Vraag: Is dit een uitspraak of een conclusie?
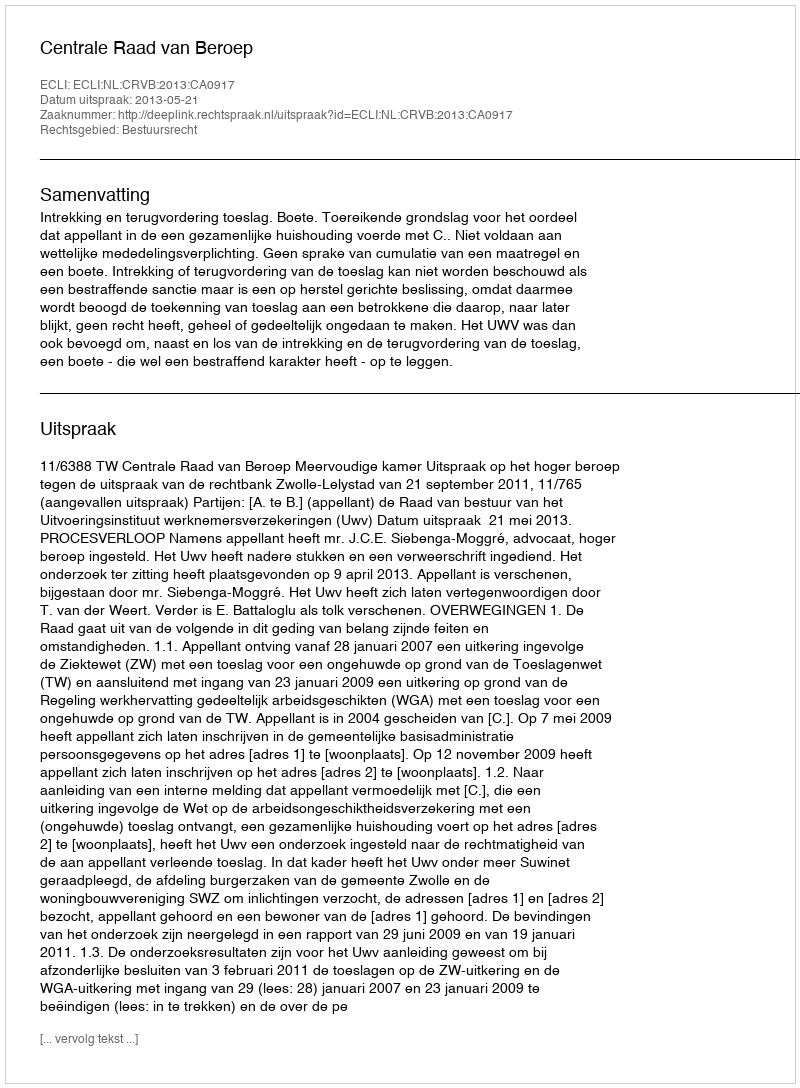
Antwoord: Uitspraak